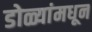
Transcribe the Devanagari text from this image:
डोळ्यांमधून